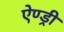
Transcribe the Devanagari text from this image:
ऐण्ड्री